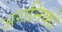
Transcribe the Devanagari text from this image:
अरानिको